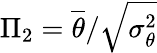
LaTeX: \Pi_{2}=\overline{{\theta}}/\sqrt{\sigma_{\theta}^{2}}